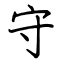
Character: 守